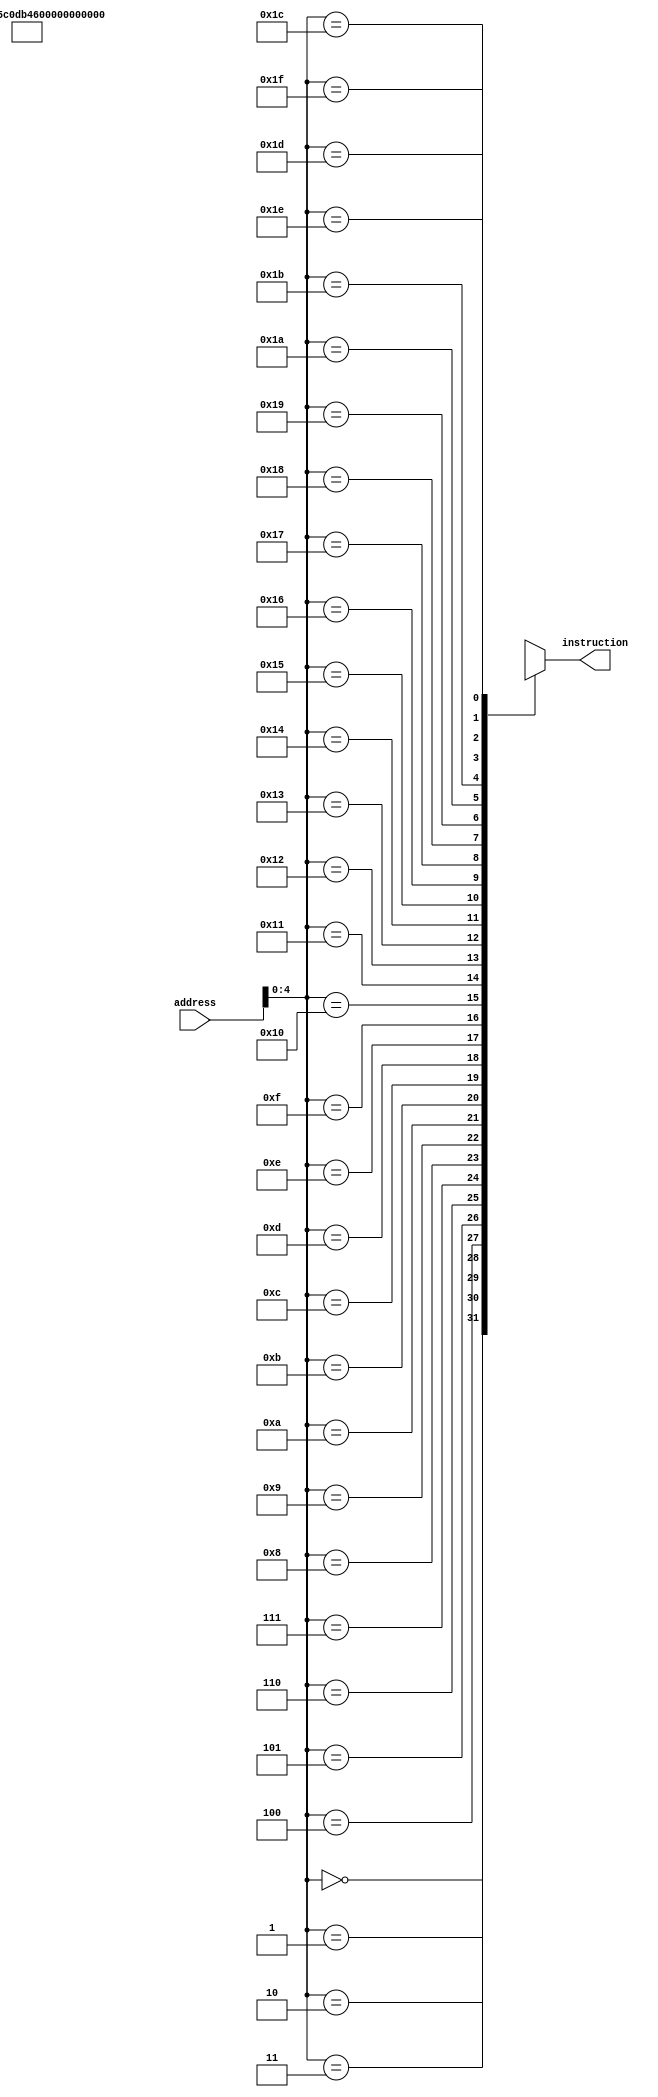
module imem4(
    input [7:0] address,
    output [7:0] instruction
);

wire [7:0] memory [0:31];
assign memory[0] = 8'b01000101;
assign memory[1] = 8'b01011001;
assign memory[2] = 8'b00011000;
assign memory[3] = 8'b01011100;
assign memory[4] = 8'b00001101;
assign memory[5] = 8'b10110100;
assign memory[6] = 8'b01100000;
assign memory[7] = 8'b00011011;
assign memory[8] = 8'b10001100;
assign memory[9] = 8'b01001000;
assign memory[10] = 8'b00101100;
assign memory[11] = 8'b11000011;
assign instruction = memory[address];
endmodule